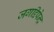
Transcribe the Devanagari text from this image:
जगद्दिपेन्द्र